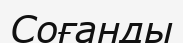
Соғанды